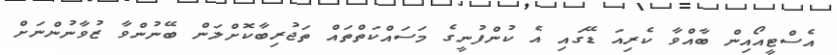
އެސްޓީއޯއިން ބާއްވާ ކެރިއަ ޑޭގައި އެ ކުންފުނީގެ މަސައްކަތްތައް ތަޖުރިބާކޮށްލަން ބޭނުންވާ ޒުވާނުންނަށް